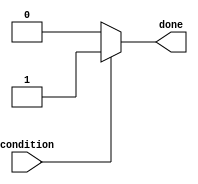
module conditional_wait_block (
    input wire condition,  // Condition signal
    output reg done       // Output signal indicating completion of wait
);

    // Initial state
    initial begin
        done = 0; // Initialize done to false
    end

    // Always block to monitor the condition
    always @(*) begin
        // Wait until the condition is met
        if (condition) begin
            done = 1; // Set done to true when condition is met
            // Perform any post-condition actions here
            // For example, you can add additional logic or state transitions
        end else begin
            done = 0; // Keep done false while waiting
        end
    end

endmodule